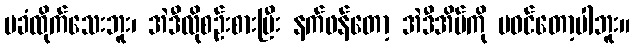
မခံထိုက်သေးဘူး၊ အဲဒီလိုစဉ်းစားပြီး နက်ဖန်တော့ အဲဒီအိမ်ကို မဝင်တော့ပါဘူး။